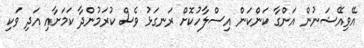
އޭވިއޭޝަނުން އަންގާ ކަންކަން އިސްލާހުކޮށް ރަނގަޅު ވެސް ކުރަމުންދާ ކަމަށާއި އަދި ވަކި